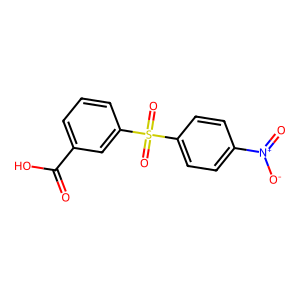
SMILES: O=C(O)c1cccc(S(=O)(=O)c2ccc([N+](=O)[O-])cc2)c1
Inhibits HIV replication: No